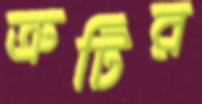
ত্রুটির